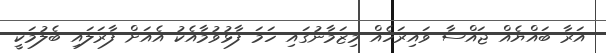
އަރާ ބައްޔެއް ޖައްސާ ވައިރަހެއް މިޒަމާނުގައި ހަމަ ފާޅުވުމާއެކު އެއަށް ފާރަލައި ބެލުމަކީ